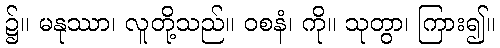
၌။ မနုဿာ၊ လူတို့သည်။ ဝစနံ၊ ကို။ သုတွာ၊ ကြား၍။